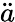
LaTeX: \ddot{a}